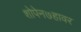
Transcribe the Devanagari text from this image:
शोपेन७हावर